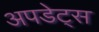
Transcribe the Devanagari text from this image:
अपडेट्स